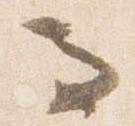
而